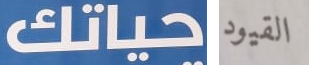
حياتك القيود